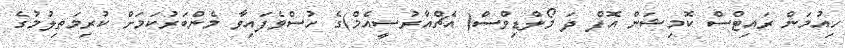
ހިއުމަން ރައިޓްސް ކޮމިޝަން އޮފް ދަ މޯލްޑިވްސް( އެޗްއާރުސީއެމް)ގެ ހުސްވެފައިވާ މެންބަރުކަމަށް ކުރިމަތިލުމުގެ